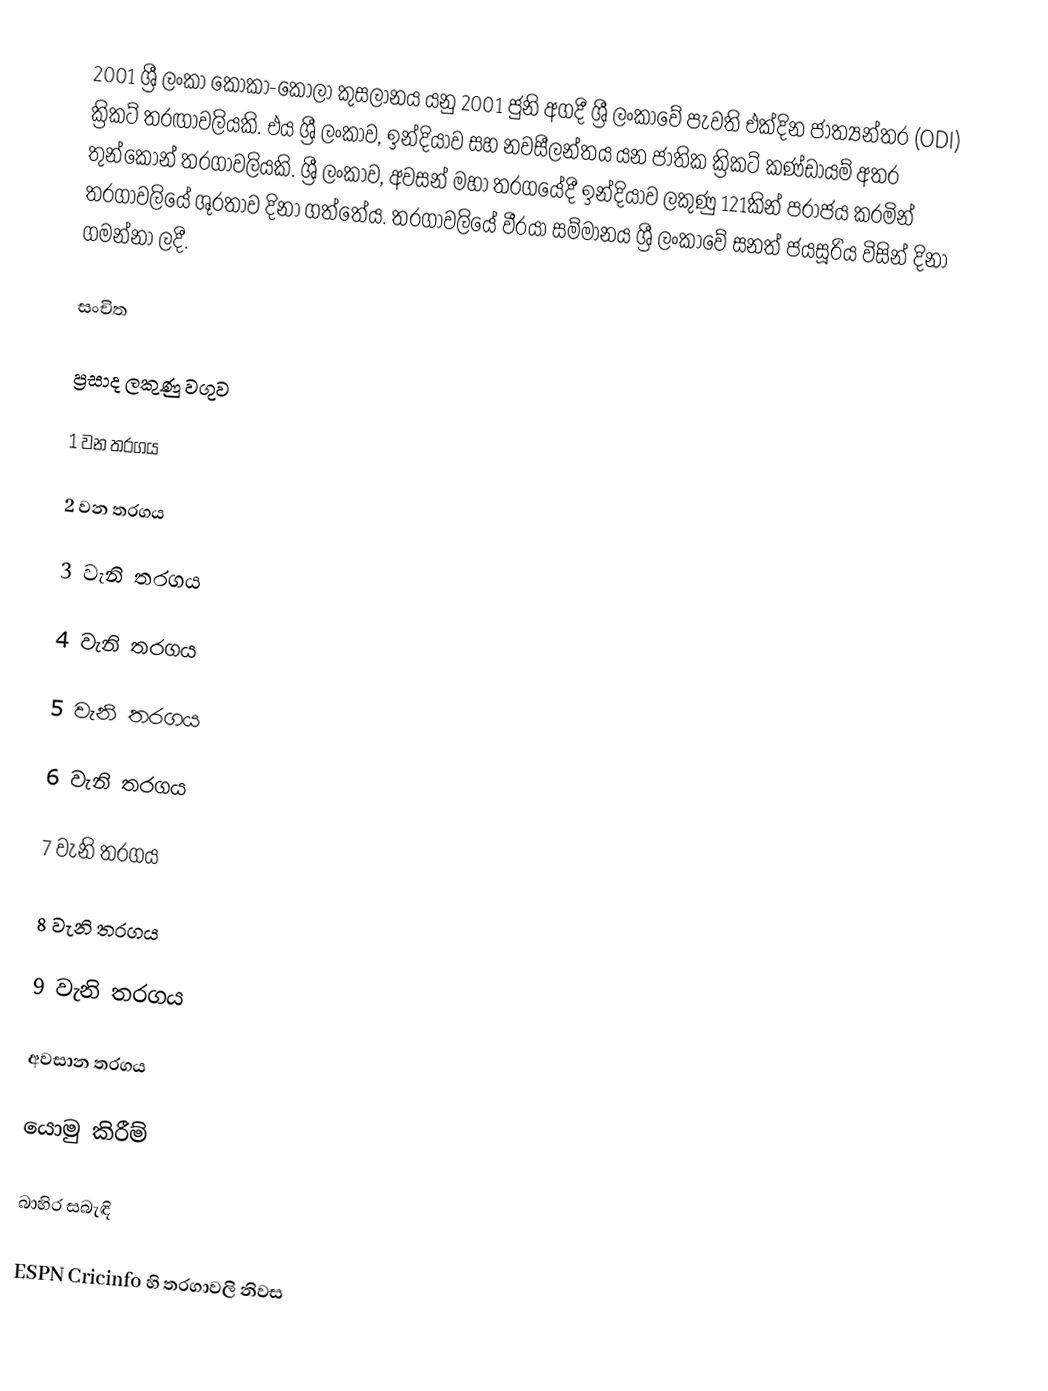
2001 ශ්‍රී ලංකා කොකා-කෝලා කුසලානය යනු 2001 ජුනි  අගදී ශ්‍රී ලංකාවේ පැවති එක්දින ජාත්‍යන්තර (ODI) ක්‍රිකට් තරඟාවලියකි. එය ශ්‍රී ලංකාව, ඉන්දියාව සහ නවසීලන්තය යන ජාතික ක්‍රිකට් කණ්ඩායම් අතර තුන්කොන් තරගාවලියකි. ශ්‍රී ලංකාව, අවසන් මහා තරගයේදී ඉන්දියාව ලකුණු 121කින් පරාජය කරමින් තරගාවලියේ ශූරතාව දිනා ගත්තේය.  තරගාවලියේ වීරයා සම්මානය ශ්‍රී ලංකාවේ සනත් ජයසූරිය විසින් දිනා ගමන්නා ලදී.

සංචිත

ප්‍රසාද ලකුණු වගුව

1 වන තරගය

2 වන තරගය

3 වැනි තරගය

4 වැනි තරගය

5 වැනි තරගය

6 වැනි තරගය

7 වැනි තරගය

8 වැනි තරගය

9 වැනි තරගය

අවසාන තරගය

යොමු කිරීම්

බාහිර සබැඳි

 ESPN Cricinfo හි තරගාවලි නිවස